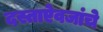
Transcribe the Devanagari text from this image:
दस्ताऐवजांचे